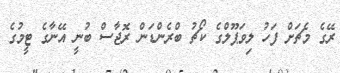
ރޭގެ މެޗަށް ފަހު ލިވަޕޫލްގެ ކޯޗު ބްރެންޑަން ރޮޖާސް ބުނީ އޭނާގެ ޓީމުގެ